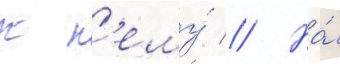
к н'ему́ // На́